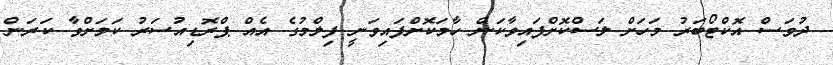
ދުވަސް އޮކްޓޯބަރު މަހަށް ލަސްކޮށްފައިވާކަން ހާމަކޮށްފައިވަނީ ފިލްމުގެ އެއް ޕްރޮޑިއުސަރު ކަމަށްވާ ކަރަން